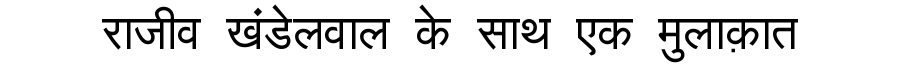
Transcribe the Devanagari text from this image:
राजीव खंडेलवाल के साथ एक मुलाक़ात